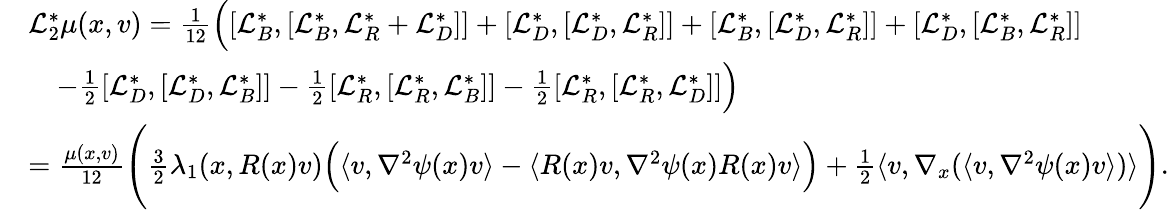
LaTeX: \begin{array}{rl}&{\mathcal{L}_{2}^{*}\mu(x,v)=\frac{1}{12}\Big([\mathcal{L}_{B}^{*},[\mathcal{L}_{B}^{*},\mathcal{L}_{R}^{*}+\mathcal{L}_{D}^{*}]]+[\mathcal{L}_{D}^{*},[\mathcal{L}_{D}^{*},\mathcal{L}_{R}^{*}]]+[\mathcal{L}_{B}^{*},[\mathcal{L}_{D}^{*},\mathcal{L}_{R}^{*}]]+[\mathcal{L}_{D}^{*},[\mathcal{L}_{B}^{*},\mathcal{L}_{R}^{*}]]}\\ &{\quad-\frac{1}{2}[\mathcal{L}_{D}^{*},[\mathcal{L}_{D}^{*},\mathcal{L}_{B}^{*}]]-\frac{1}{2}[\mathcal{L}_{R}^{*},[\mathcal{L}_{R}^{*},\mathcal{L}_{B}^{*}]]-\frac{1}{2}[\mathcal{L}_{R}^{*},[\mathcal{L}_{R}^{*},\mathcal{L}_{D}^{*}]]\Big)}\\ &{=\frac{\mu(x,v)}{12}\Bigg(\frac{3}{2}\lambda_{1}(x,R(x)v)\Big(\langle v,\nabla^{2}\psi(x)v\rangle-\langle R(x)v,\nabla^{2}\psi(x)R(x)v\rangle\Big)+\frac{1}{2}\langle v,\nabla_{x}(\langle v,\nabla^{2}\psi(x)v\rangle)\rangle\Bigg).}\end{array}